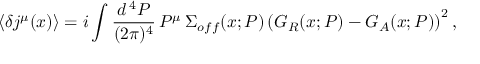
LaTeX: \langle \delta j ^ { \mu } ( x ) \rangle = i \int \frac { d ^ { \, 4 } P } { ( 2 \pi ) ^ { 4 } } \, P ^ { \mu } \, \Sigma _ { o f f } ( x ; P ) \left( G _ { R } ( x ; P ) - G _ { A } ( x ; P ) \right) ^ { 2 } ,